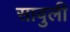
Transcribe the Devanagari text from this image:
सावुली